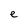
Character: e